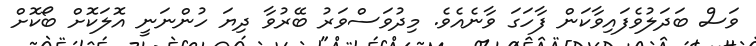
ވަސް ބަދަލުވެފައިވާކަން ފާހަގަ ވާނެއެވެ. މިދުވަސްވަރު ބޭރުވާ ދިޔަ ހުންނަނީ އޮލަކޮށް ބޯކޮށް